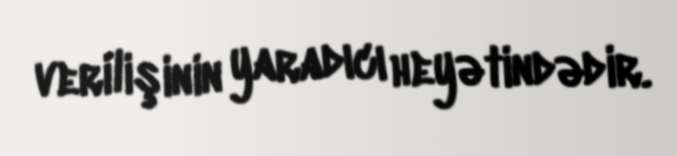
verilişinin yaradıcı heyətindədir.